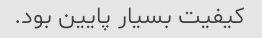
کیفیت بسیار پایین‌ بود.